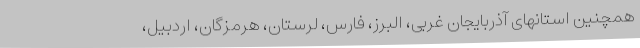
همچنین استانهای آذربایجان غربی، البرز، فارس، لرستان، هرمزگان، اردبیل،